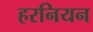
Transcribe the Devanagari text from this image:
हरनियन